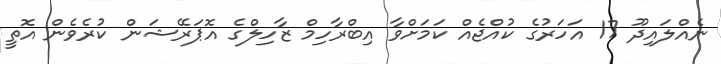
ނެއްލައިދޫ 17 އަހަރުގެ ކުއްޖެއް ކަމަށްވާ އިބްރާހިމް ޒާހިލްގެ އޮޕަރޭޝަން ކުރެވެން އޮތީ